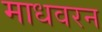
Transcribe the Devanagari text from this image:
माधवरन